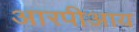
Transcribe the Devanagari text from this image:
आरपीआय